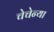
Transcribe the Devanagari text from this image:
चेचेन्या